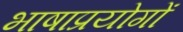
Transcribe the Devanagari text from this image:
भाषाप्रयोगों